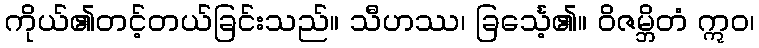
ကိုယ်၏တင့်တယ်ခြင်းသည်။ သီဟဿ၊ ခြင်္သေ့၏။ ဝိဇမ္ဘိတံ ဣဝ၊